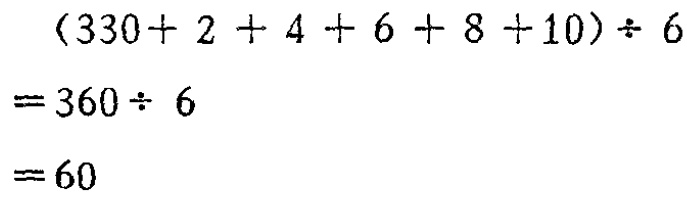
\begin{align*}

&(330 + 2 + 4 + 6 + 8 + 10)\div 6\\

=&360\div 6\\

=&60

\end{align*}